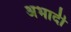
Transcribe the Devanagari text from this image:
अभादी